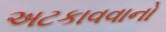
અટકાવવાનો